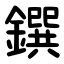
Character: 鐉